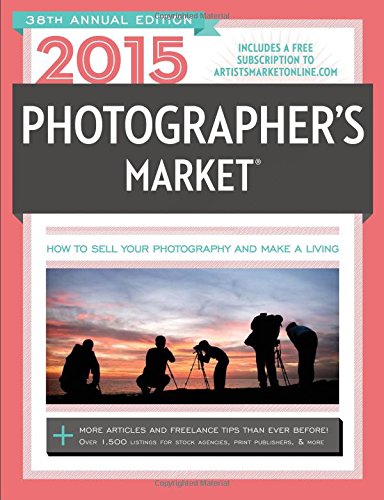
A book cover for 2015 Photographer's Market; Arts & Photography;